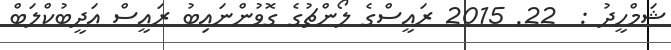
ޝަމްހީދު :  22